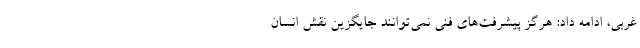
غربی، ادامه داد: هرگز پیشرفت‌های فنی نمی‌توانند جایگزین نقش انسان